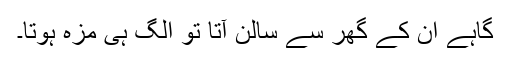
گاہے ان کے گھر سے سالن آتا تو الگ ہی مزہ ہوتا۔